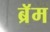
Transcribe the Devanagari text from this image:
ब्रॅम